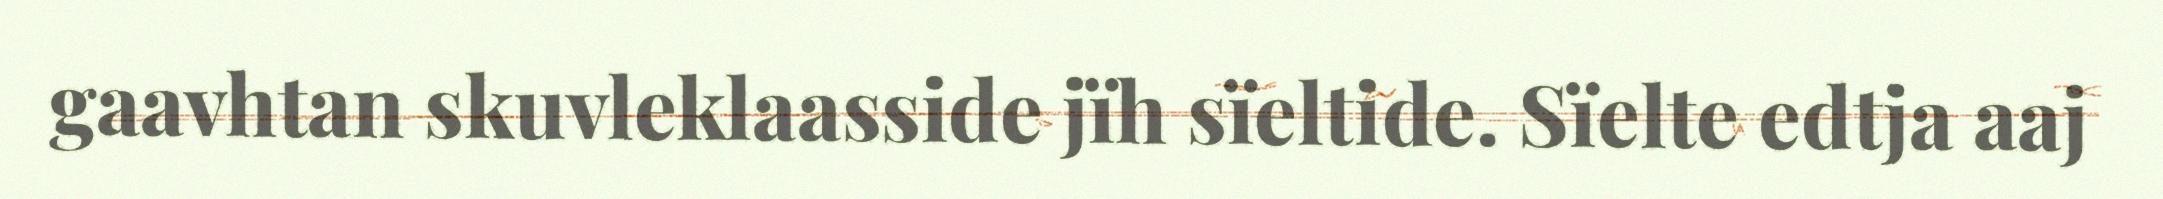
gaavhtan skuvleklaasside jïh sïeltide. Sïelte edtja aaj